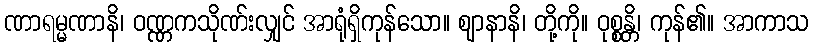
ဏာရမ္မဏာနိ၊ ဝဏ္ဏကသိုဏ်းလျှင် အာရုံရှိကုန်သော။ ဈာနာနိ၊ တို့ကို။ ဝုစ္စန္တိ၊ ကုန်၏။ အာကာသ